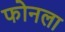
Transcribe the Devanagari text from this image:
फोनला